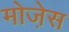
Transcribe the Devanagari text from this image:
मोजे़स